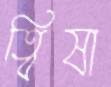
ত্বিষা